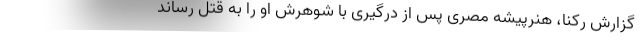
گزارش رکنا، هنرپیشه مصری پس از درگیری با شوهرش او را به قتل رساند